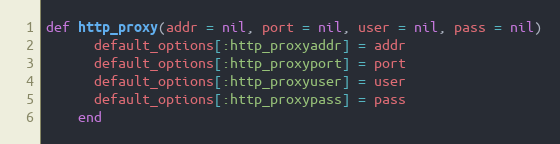
Language: Ruby
def http_proxy(addr = nil, port = nil, user = nil, pass = nil)
      default_options[:http_proxyaddr] = addr
      default_options[:http_proxyport] = port
      default_options[:http_proxyuser] = user
      default_options[:http_proxypass] = pass
    end